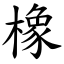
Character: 橡